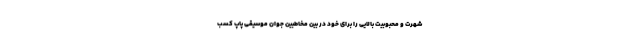
شهرت و محبوبیت بالایی را برای خود در بین مخاطبین جوان موسیقی پاپ کسب